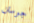
جوستن